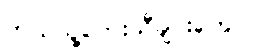
ဘယ်သူ့တေးသီချင်းတွေလဲ။